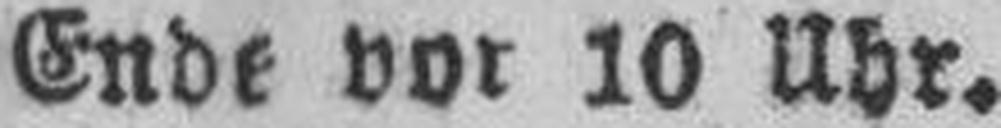
Ende vor 10 Uhr.